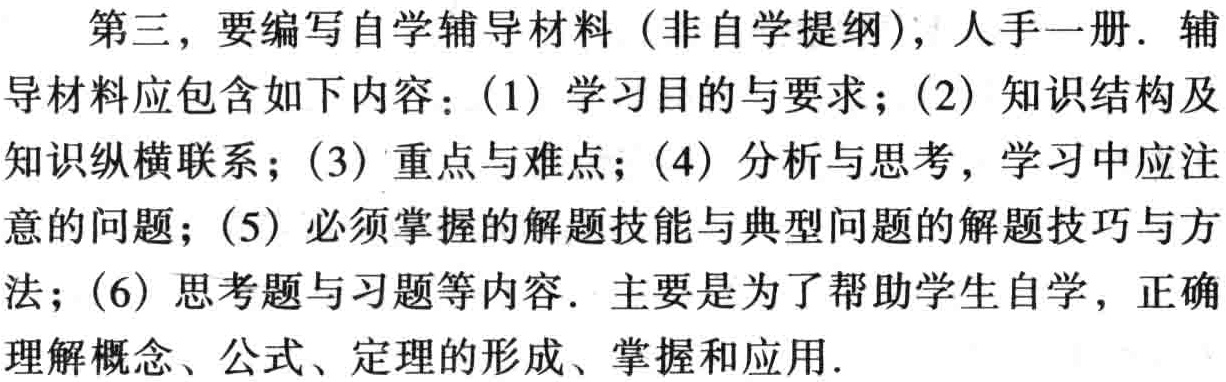
第三，要编写自学辅导材料（非自学提纲），人手一册. 辅导材料应包含如下内容：(1) 学习目的与要求；(2) 知识结构及知识纵横联系；(3) 重点与难点；(4) 分析与思考，学习中应注意的问题；(5) 必须掌握的解题技能与典型问题的解题技巧与方法；(6) 思考题与习题等内容. 主要是为了帮助学生自学，正确理解概念、公式、定理的形成、掌握和应用.